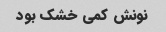
نونش کمی خشک بود